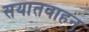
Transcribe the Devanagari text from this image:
सयातवाहन